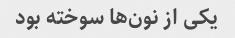
یکی از نون‌ها سوخته بود